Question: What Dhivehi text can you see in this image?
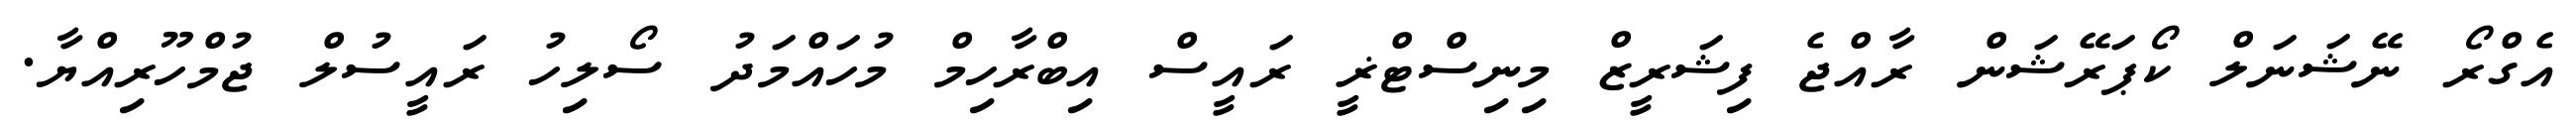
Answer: އެގްރޯ ނޭޝަނަލް ކޯޕަރޭޝަން ރާއްޖެ ފިޝަރީޒް މިނިސްޓްޜީ ރައީސް އިބްރާހިމް މުހައްމަދު ސޯލިހު ރައީސުލް ޖުމްހޫރިއްޔާ.